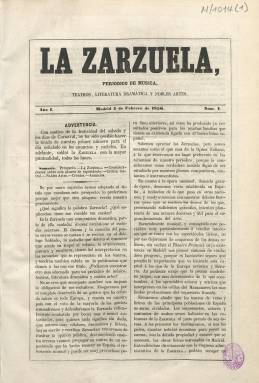
Título: La Zarzuela (Madrid. 1856)
Colección: Cultura || Música
Ámbito geográfico: Madrid
Lugar de publicación: Madrid
Fechas: 04/02/1856-20/07/1857

A pesar de lo acotado que pueda parecer su título, fue un destacado “periódico de música, teatros, literatura dramática y nobles artes” que apareció cada lunes a partir del cuatro de febrero de 1856, dirigido por el historiador de arte dramático y crítico musical Eduardo Velaz de Medrano Álava (1814-1865), en entregas de ocho páginas, compuestas elegantemente a dos columnas, que empezaron a salir de la Imprenta de Manuel Minuesa Lacasa (1816-1888), y desde la número 40, de tres de noviembre de ese mismo año, de una propia a cargo de Aniceto Menéndez, cuando absorbe y cubre las suscripciones del quincenal El Agente de los teatros, que venía apareciendo desde el uno de noviembre de 1855, bajo la dirección del empresario teatral José Mayquez y estampado en la misma Imprenta de M. Minuesa, y de la dominical La España teatral, que venía haciéndolo desde el siete de septiembre de 1856, en donde había tenido un papel destacado Federico Pérez de Molina.

También a partir de entonces anuncia la edición mensual gratuita para los suscriptores de una Galería de retratos de alguna notabilidad artística o literaria, litografiados por J. Vallejo sobre papel de china, que difunde por separado, y a partir de su número 49, de cinco de enero de 1857, se fundirá asimismo con la también semanal del mismo carácter La Gaceta musical de Madrid, que había empezado a editarse el cuatro de febrero de 1855, bajo la dirección de Hilarión Eslava (1807-1878). Es también a partir de enero de 1857 cuando La Zarzuela modifica el subtítulo para ser “gaceta musical de teatros, literatura y nobles artes”.

Cada entrega de este periódico, con foliación continuada (hasta un total de 616 páginas), comienza con un sumario, e incluye artículos históricos, biográficos, bibliográficos, técnicos o doctrinales, de crítica teatral (lírica y de verso), efemérides del mes, crónicas y noticias breves, variedades y correspondencia. Presta más atención a la ópera y a la zarzuela, y en sus informaciones dará cuenta de actividades teatrales y musicales de las provincias españolas y de capitales de países europeos, como Francia e Inglaterra. Al final inserta también algunos anuncios comerciales. En el número 77 da cuenta de unos Cantos vascongados, con textos en vasco y castellano. La crítica teatral suele ir firmada con las iniciales E.V. de M [Eduardo Velaz de Medrano]. También aparecen otras iniciales (B.G., L.Z., E.P.H. o J.M. de A.), las firmas de Francisco A. Barbieri (1823-1894), Carlos Llorens (1821-1862) o Niceto Gante, así como los seudónimos Un Amateur o El Pájaro, entre otros. Entre sus redactores se encontró también el joven Julio Nombela (1836-1919).

El periódico fue suspendido por el gobernador civil de la provincia, “por aparecer los escritos con iniciales y no figurar firmas impresas y manuscritas del editor”. La última entrega que publica es la citada número 77, correspondiente al 20 de julio de 1857, y para completar la suscripción completa de ese mes ( es decir, el número que debía aparecer el 27 de julio), el diez de agosto aparecerá un único número de La Zambomba, con el mismo subtítulo e igual formato, “con objeto de cumplir las últimas disposiciones testamentarias de su prima hermana”, que sale de la imprenta de su editor Aniceto Menéndez, que era el que venía estampado La Zarzuela desde su número 40, siendo firmada toda esta única entrega por Juan Ramón Igualada.

Como administrador hasta su número 33, Eduardo Velaz de Medrano, secundado por Julio Nombela, volverá a editar a partir del quince de octubre de ese mismo año 1857, con el mismo formato, redactores y subtítulo, un nuevo periódico: La España artística, siendo estampado en la misma imprenta de Menéndez (excepto los números 1-2 y 33-34), apareciendo como editor-propietario Juan Anchorena, hasta el 27 de septiembre de 1858.

Referencias a estos títulos se encuentran en Hartzenbusch (1894), en el catálogo de revistas musicales de Torres Muelas (1991) y en el de revistas teatrales madrileñas de Gómez Rea (1995).